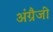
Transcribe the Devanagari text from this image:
अंग्रैजी